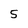
Character: 5